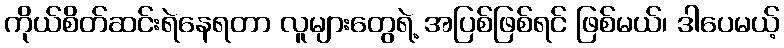
ကိုယ်စိတ်ဆင်းရဲနေရတာ လူများတွေရဲ့ အပြစ်ဖြစ်ရင် ဖြစ်မယ်၊ ဒါပေမယ့်